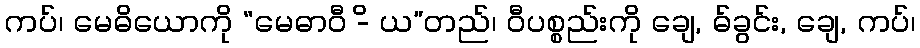
ကပ်၊ မေဓိယောကို “မေဓာဝီ -ိ ယ”တည်၊ ဝီပစ္စည်းကို ချေ, ဓ်ခွင်း, ချေ, ကပ်၊